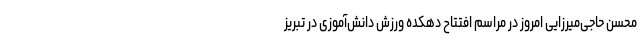
محسن حاجی‌میرزایی امروز در مراسم افتتاح دهکده ورزش دانش‌آموزی در تبریز